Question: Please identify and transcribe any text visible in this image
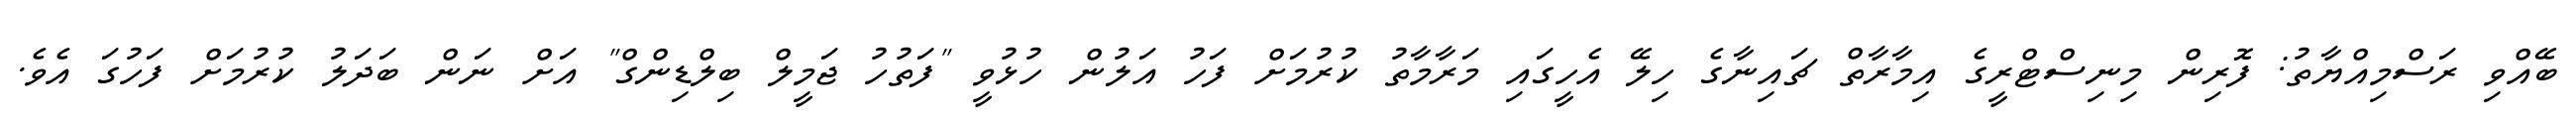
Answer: ބޭއްވި ރަސްމިއްޔާތު: ފޮރިން މިނިސްޓްރީގެ އިމާރާތް ޗައިނާގެ ހިލޭ އެހީގައި މަރާމާތު ކުރުމަށް ފަހު އަލުން ހުޅުވީ "ފަތުހު ޖަމީލް ބިލްޑިންގް" އަށް ނަން ބަދަލު ކުރުމަށް ފަހުގަ އެވެ.